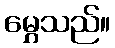
မွှေသည်။